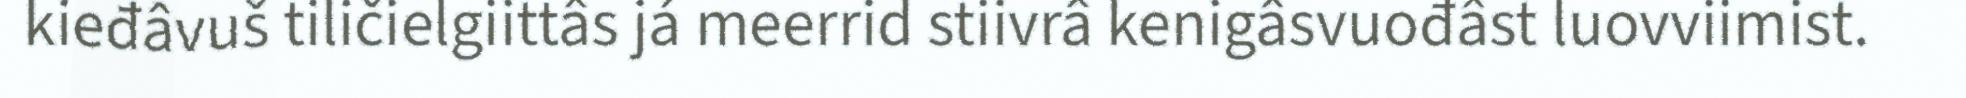
kieđâvuš tiličielgiittâs já meerrid stiivrâ kenigâsvuođâst luovviimist.